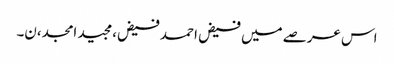
اس عرصے میں فیض احمد فیض،مجید امجد،ن۔